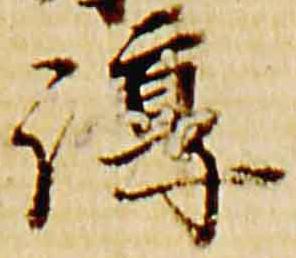
淳